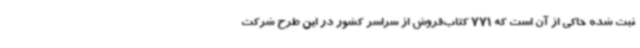
ثبت شده حاکی از آن است که 771 کتاب‌فروش از سراسر کشور در این طرح شرکت